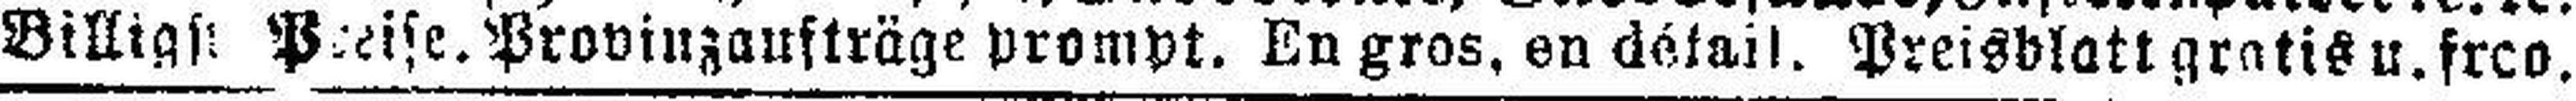
Billigst Preise. Provinzaufträge prompt. En gros, en détail. Preisblatt gratis u. frco.